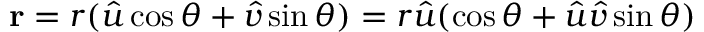
\mathbf { r } = r ( { \hat { u } } \cos \theta + { \hat { v } } \sin \theta ) = r { \hat { u } } ( \cos \theta + { \hat { u } } { \hat { v } } \sin \theta )